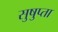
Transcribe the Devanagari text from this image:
सुषुप्ता